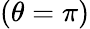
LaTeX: (\theta=\pi)